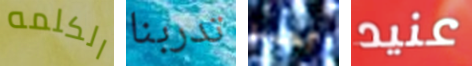
الكلمه تدربنا أحدنا عنيد